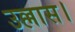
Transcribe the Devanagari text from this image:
उल्लास।